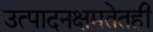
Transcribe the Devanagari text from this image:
उत्पादनक्षमतेतही